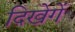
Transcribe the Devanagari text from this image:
दिखेगें